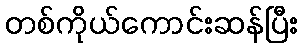
တစ်ကိုယ်ကောင်းဆန်ပြီး